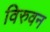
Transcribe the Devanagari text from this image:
विरुवन